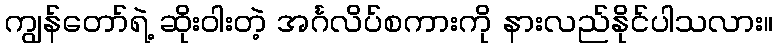
ကျွန်တော်ရဲ့ ဆိုးဝါးတဲ့ အင်္ဂလိပ်စကားကို နားလည်နိုင်ပါသလား။